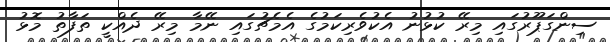
ސިންގަޕޫރުގައި މިރޭ ކުޅުނު އެކުވެރިކަމުގެ އެމެޗުގައި ނޭމާ މިރޭ ދެއްކީ ތަފާތު މޮޅު